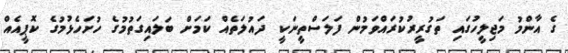
ގެ އާންމު މަޖިލީހުގައި ތަގުރީރުކުރައްވަމުން ފަލަސްތީނަކީ ދައުލަތެއް ކަމަށް ބަލައިގަތުމުގެ ހުށަހެޅުމުގެ ކޮޕީއެއް